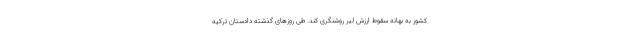
کشور به بهانه سقوط ارزش لیر روشنگری کند. طی روزهای گذشته دادستان ترکیه